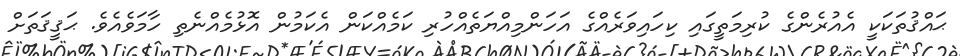
ޙައްޤުތަކަކީ އެއުރެންގެ ކުރިމަތީގައި ކިހައިވަރެއްގެ އަހަންމިއްޔަތެއްހުރި ކަމެއްކަން އެކަމުން އޮޅުމެއްނެތި ހާމަވެއެވެ. ޙަޤީޤަތަށް